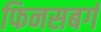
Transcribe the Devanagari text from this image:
फिनसबर्ग